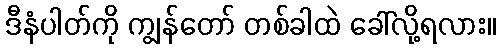
ဒီနံပါတ်ကို ကျွန်တော် တစ်ခါထဲ ခေါ်လို့ရလား။